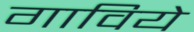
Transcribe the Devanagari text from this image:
गाविये